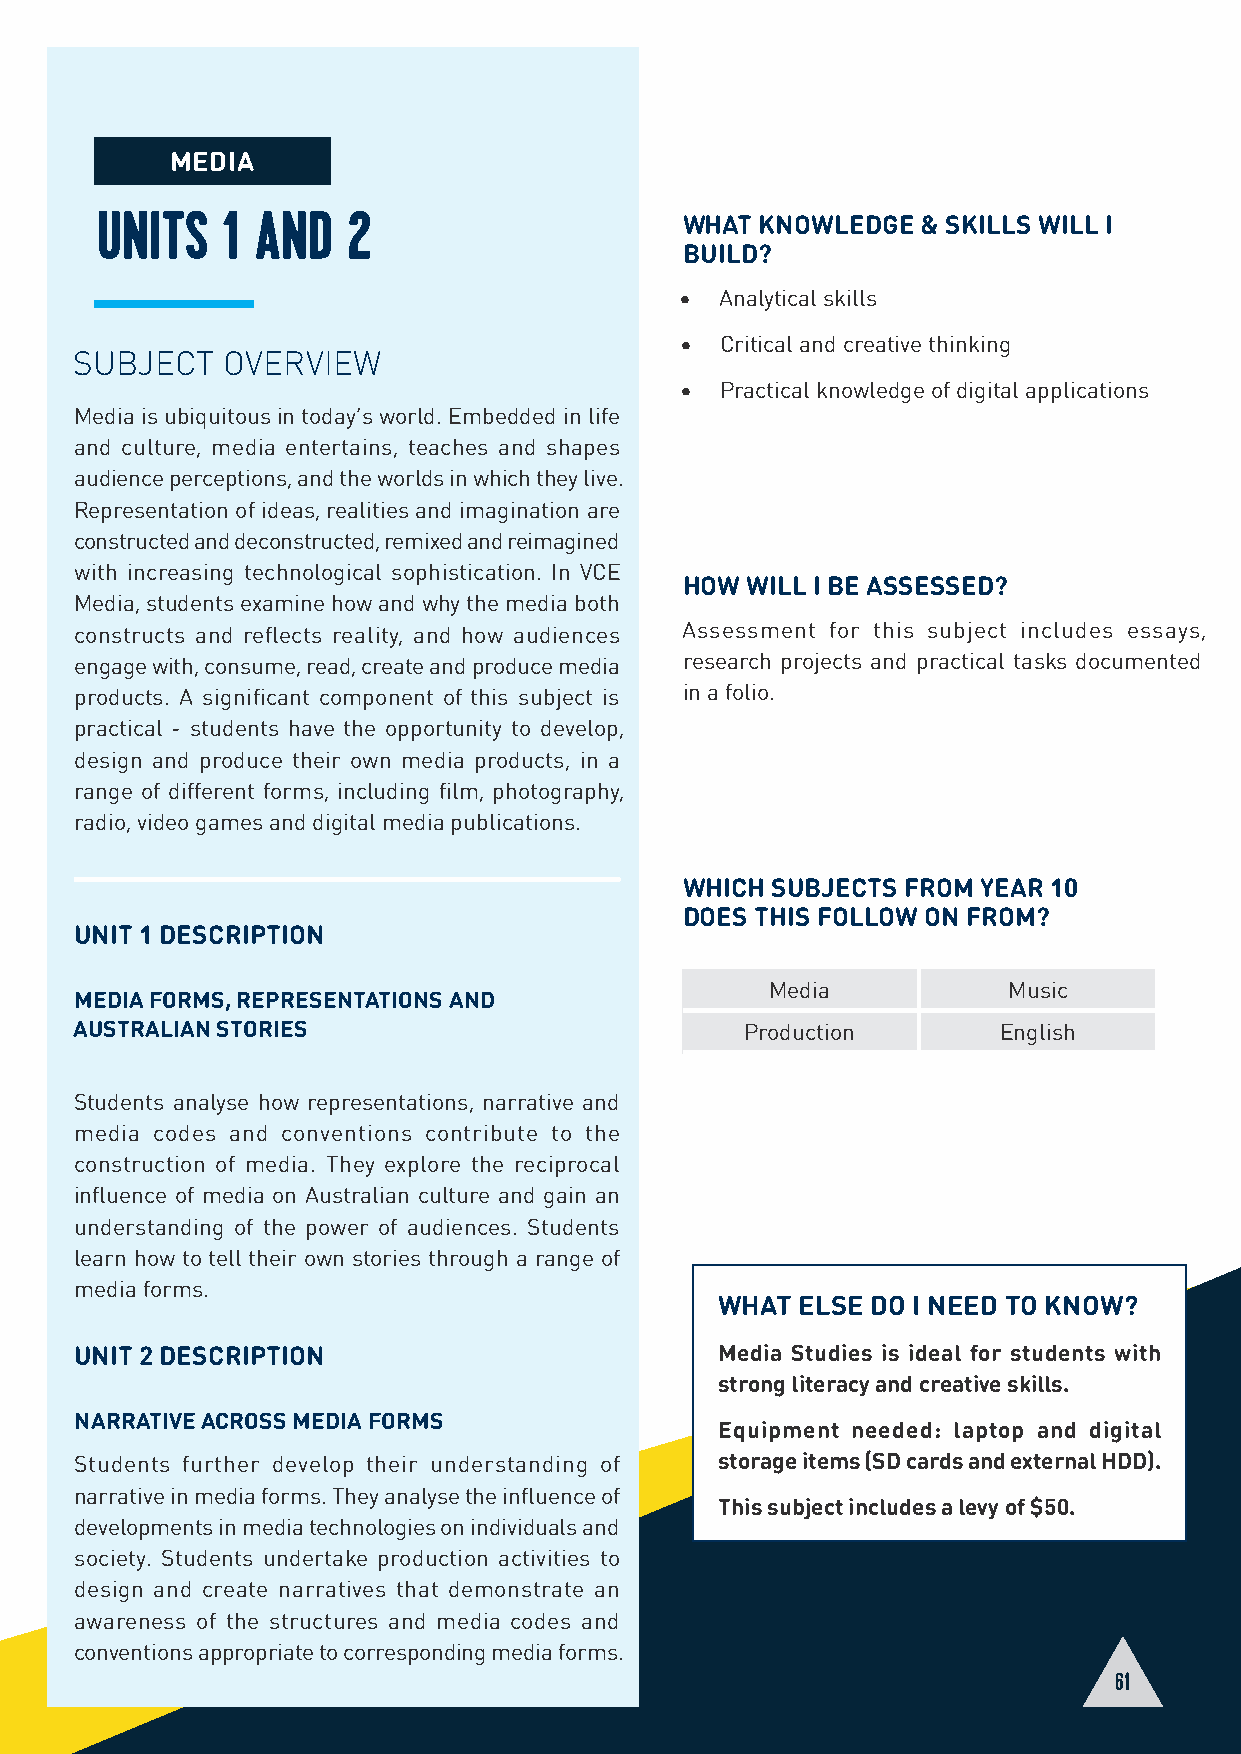
MEDIA
 UNITS    1 AND   2                     WHAT KNOWLEDGE  & SKILLS WILL I
 BUILD?
 •  Analytical skills
 •  Critical and creative thinking
 SUBJECT   OVERVIEW
 •  Practical knowledge of digital applications
 Media is ubiquitous in today’s world. Embedded in life
 and culture, media entertains, teaches and shapes
 audience perceptions, and the worlds in which they live.
 Representation of ideas, realities and imagination are
 constructed and deconstructed, remixed and reimagined
 with increasing technological sophistication. In VCE
 HOW WILL I BE ASSESSED?
 Media, students examine how and why the media both
 constructs and reflects reality, and how audiences Assessment for this subject includes essays,
 engage with, consume, read, create and produce media research projects and practical tasks documented
 products. A significant component of this subject is in a folio.
 practical - students have the opportunity to develop,
 design and produce their own media products, in a
 range of different forms, including film, photography,
 radio, video games and digital media publications.
 WHICH SUBJECTS FROM YEAR 10
 DOES THIS FOLLOW ON FROM?
 UNIT 1 DESCRIPTION
 Media           Music
 MEDIA FORMS, REPRESENTATIONS AND
 AUSTRALIAN STORIES                          Production       English
 Students analyse how representations, narrative and
 media codes and conventions contribute to the
 construction of media. They explore the reciprocal
 influence of media on Australian culture and gain an
 understanding of the power of audiences. Students
 learn how to tell their own stories through a range of
 media forms.
 WHAT ELSE DO I NEED TO KNOW?
 UNIT 2 DESCRIPTION                         Media Studies is ideal for students with
 strong literacy and creative skills.
 NARRATIVE ACROSS MEDIA FORMS
 Equipment needed: laptop and digital
 Students further develop their understanding of storage items (SD cards and external HDD).
 narrative in media forms. They analyse the influence of
 This subject includes a levy of $50.
 developments in media technologies on individuals and
 society. Students undertake production activities to
 design and create narratives that demonstrate an
 awareness of the structures and media codes and
 conventions appropriate to corresponding media forms.
 61